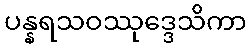
ပန္နရသဝဿုဒ္ဒေသိကာ